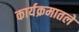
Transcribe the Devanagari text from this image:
कार्यक्रमातले